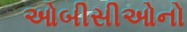
ઓબીસીઓનો